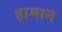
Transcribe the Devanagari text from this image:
हामान